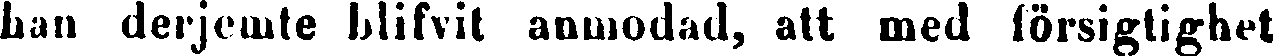
han derjemte blifvit anmodad, att med försigtighet